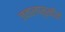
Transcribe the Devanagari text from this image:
जवालामुखीयों